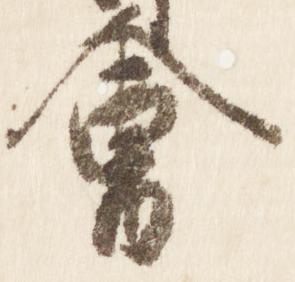
会